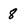
Character: 8